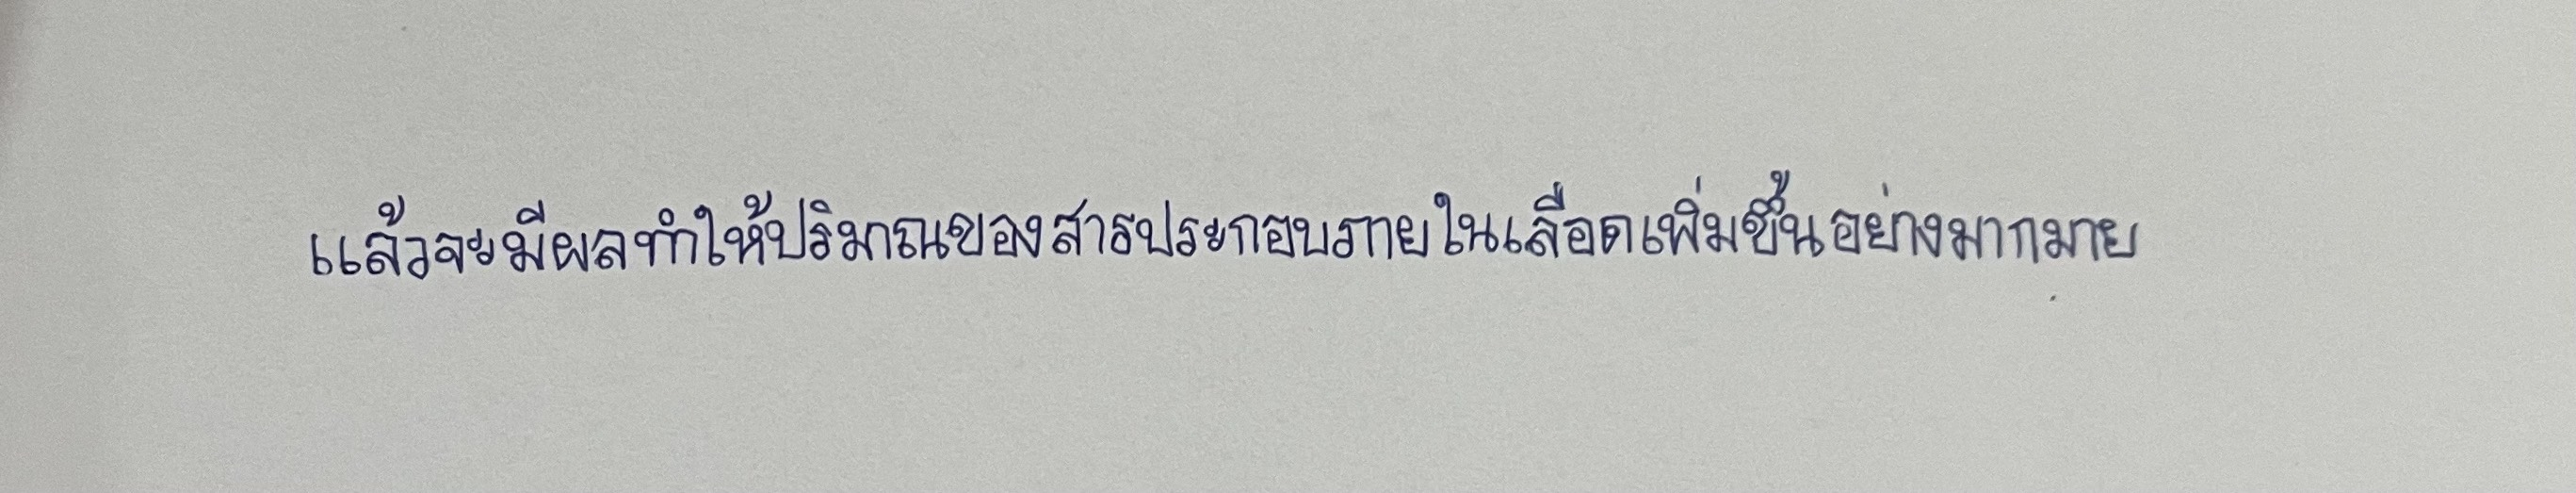
แล้วจะมีผลทำให้ปริมาณของสารประกอบภายในเลือดเพิ่มขึ้นอย่างมากมาย